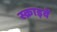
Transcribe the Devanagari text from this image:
स्क्राइवें